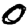
Digit: 0